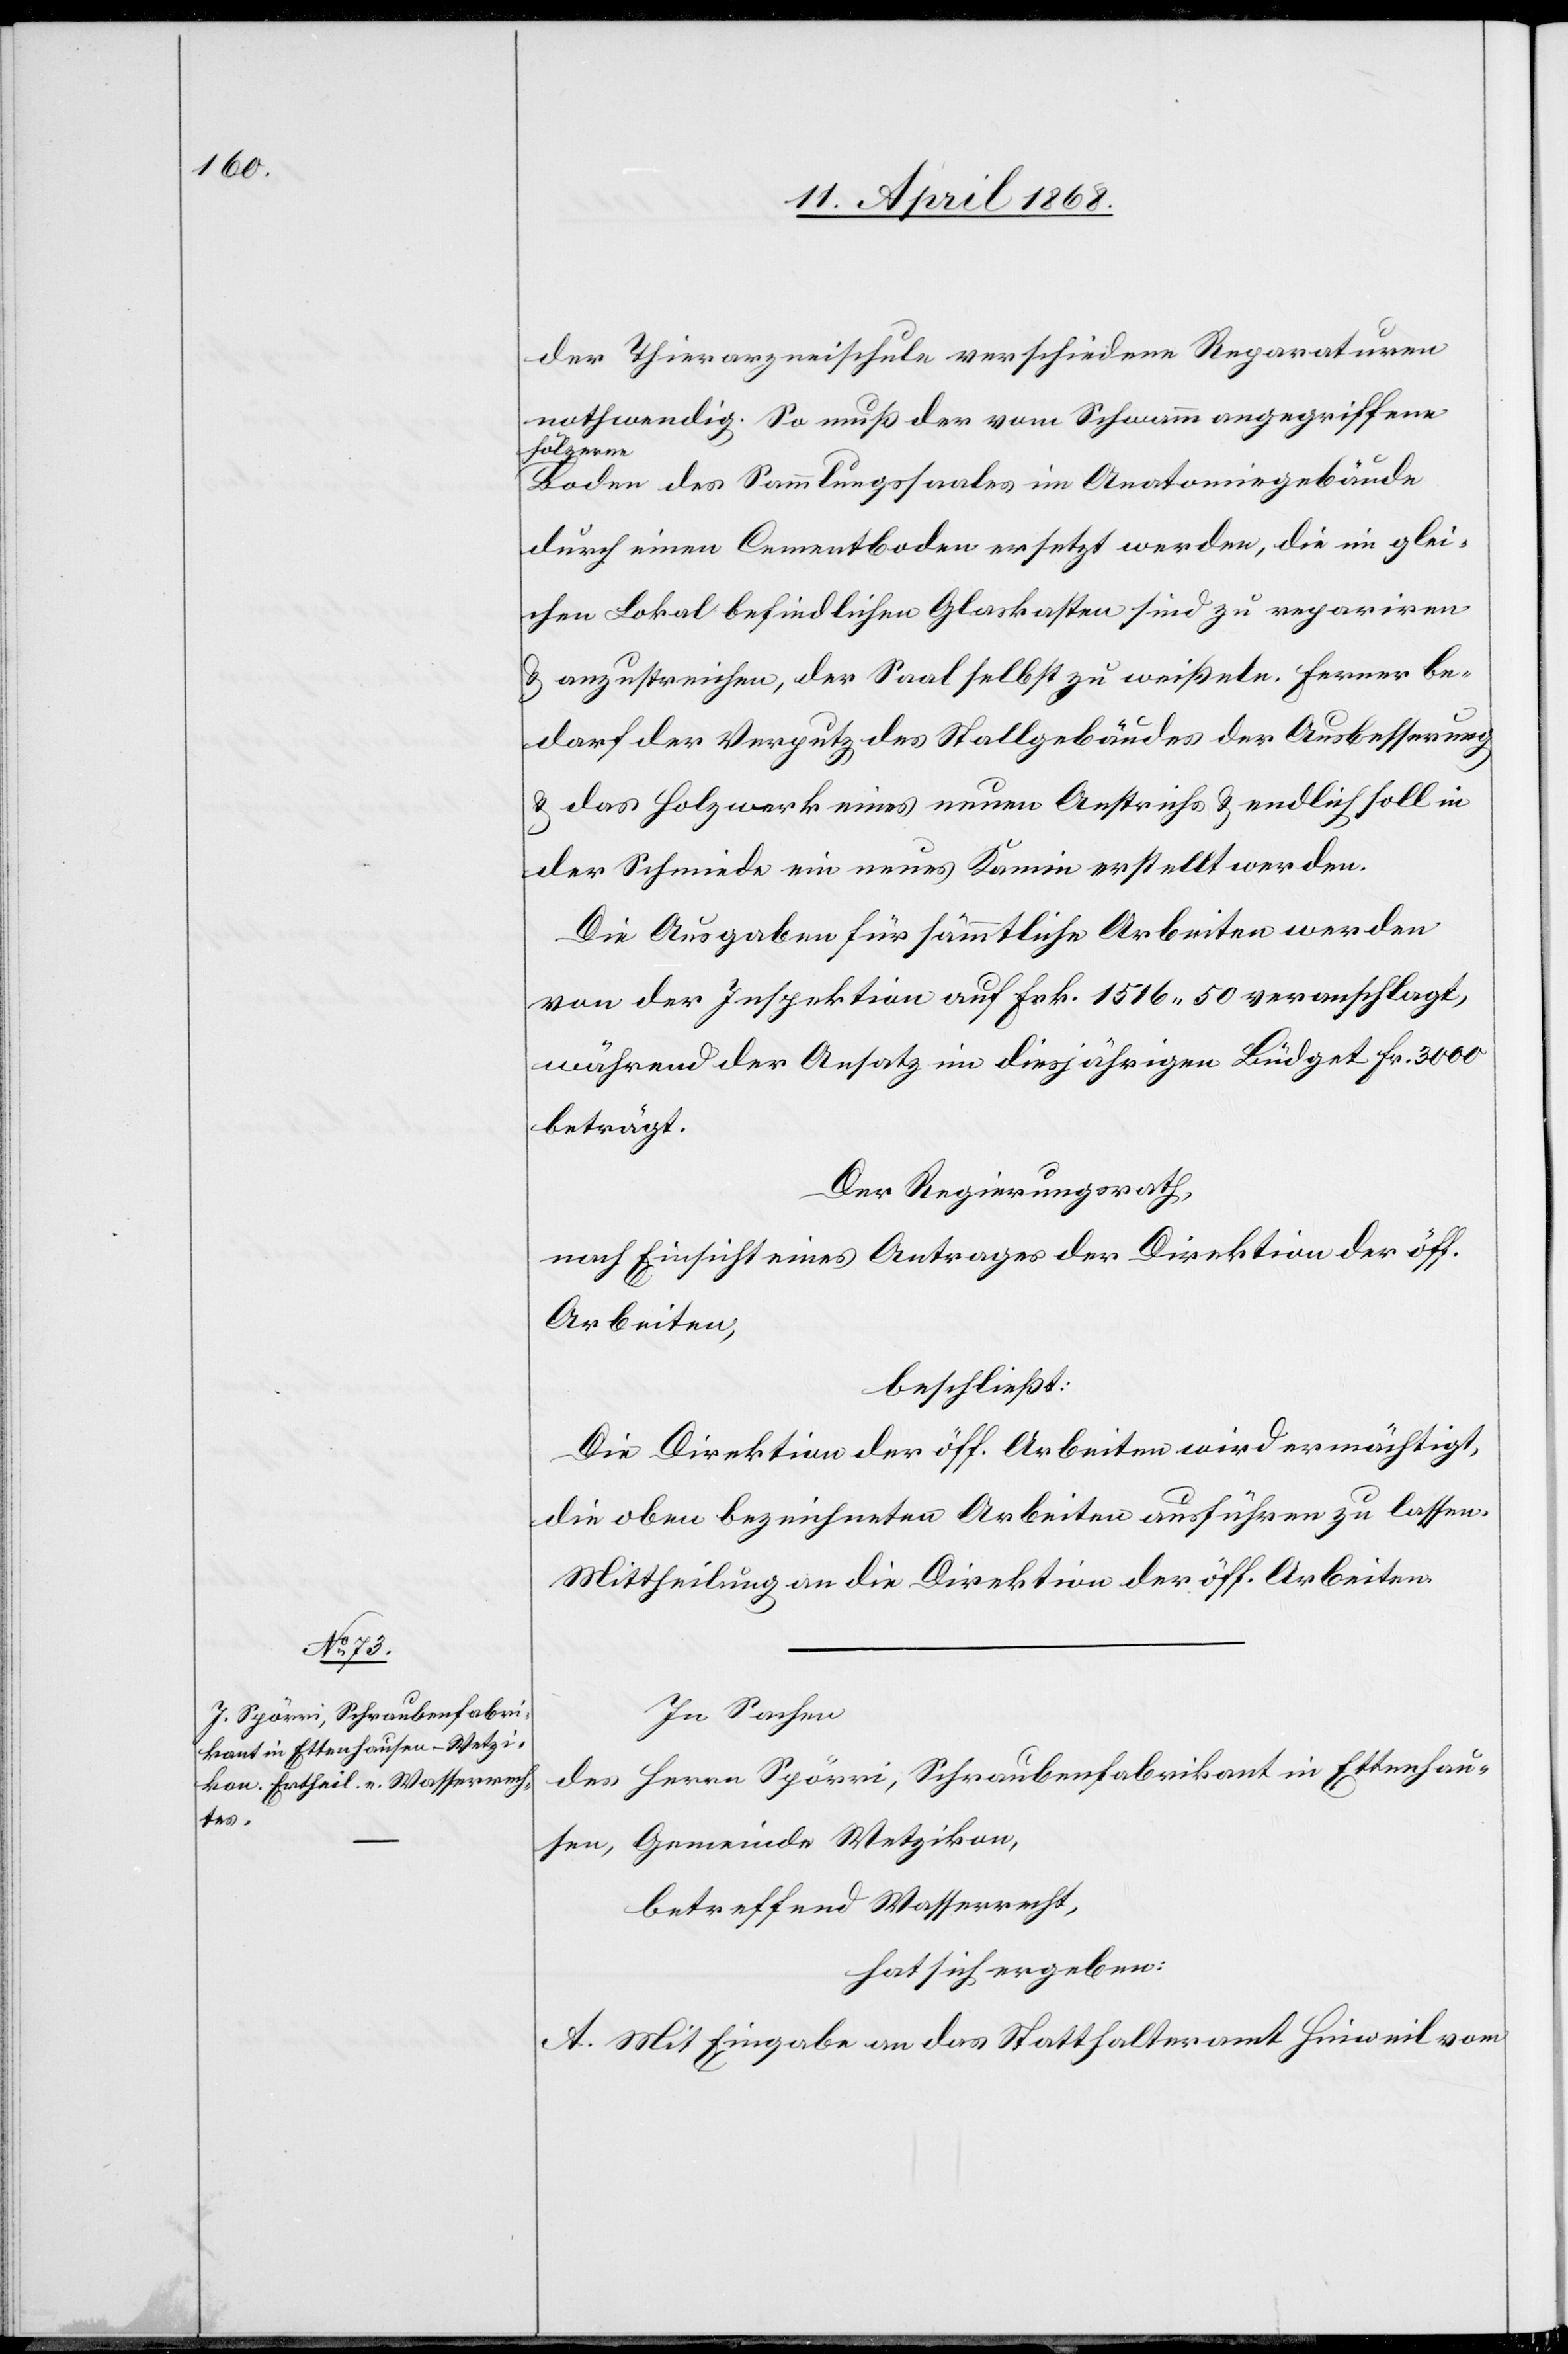
des

der Thierarzneischule verschiedene Reparaturen
nothwendig. So muß der vom Schwamm angegriffene
hölzerne
Boden des Sammlungssaales im Anatomiegebäude
durch einen Cementboden ersetzt werden, die im glei¬
chen Lokal befindlichen Glaskasten sind zu repariren
& anzustreichen, der Saal selbst zu weißeln. Ferner be¬
darf der Verputz des Stallgebäudes der Ausbesserung
& das Holzwerk eines neuen Anstrichs & endlich soll in
der Schmiede ein neues Kamin erstellt werden.
Die Ausgaben für sämmtliche Arbeiten werden
von der Inspektion auf Frk. 1516. 50 veranschlagt,
während der Ansatz im diesjährigen Büdget Fr. 3000
beträgt.
Der Regierungsrath,
nach Einsicht eines Antrages der Direktion der öff.
Arbeiten,
beschließt:
Die Direktion der öff. Arbeiten wird ermächtigt,
die oben bezeichneten Arbeiten ausführen zu lassen.
Mittheilung an die Direktion der öff. Arbeiten.
In Sachen
Herrn Spörri, Schraubenfabrikant in Ettenhau¬
sen, Gemeinde Wetzikon,
betreffend Wasserrecht,
hat sich ergeben:
A. Mit Eingabe an das Statthalteramt Hinweil vom